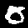
Label: 0